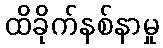
ထိခိုက်နစ်နာမှု